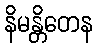
နိမန္တိတေန